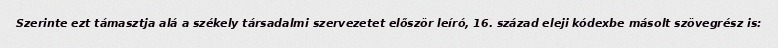
Szerinte ezt támasztja alá a székely társadalmi szervezetet először leíró, 16. század eleji kódexbe másolt szövegrész is: